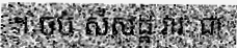
។ ចប់ សំសដ្ឋ វារៈ ជា